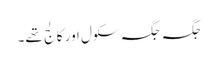
جگہ جگہ سکول اور کالج تھے۔